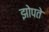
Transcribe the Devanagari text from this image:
झोपते